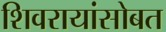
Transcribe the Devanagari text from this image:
शिवरायांसोबत